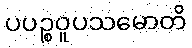
ပပဉ္စဝူပသမောတိ